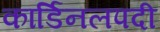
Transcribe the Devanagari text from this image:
कार्डिनलपदी